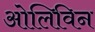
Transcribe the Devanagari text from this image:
ओलिविन